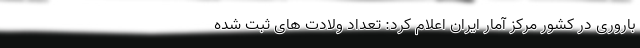
باروری در کشور مرکز آمار ایران اعلام کرد: تعداد ولادت های ثبت شده